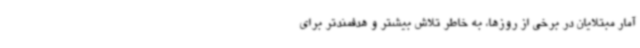
آمار مبتلایان در برخی از روزها، به خاطر تلاش بیشتر و هدفمندتر برای